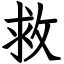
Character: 救